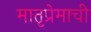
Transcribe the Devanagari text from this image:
मातृप्रेमाची